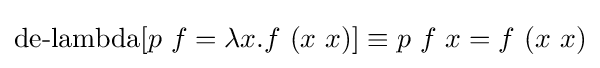
\operatorname {de-lambda} [p\ f=\lambda x.f\ (x\ x)]\equiv p\ f\ x=f\ (x\ x)